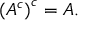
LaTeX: \left( A ^ { c } \right) ^ { c } = A .